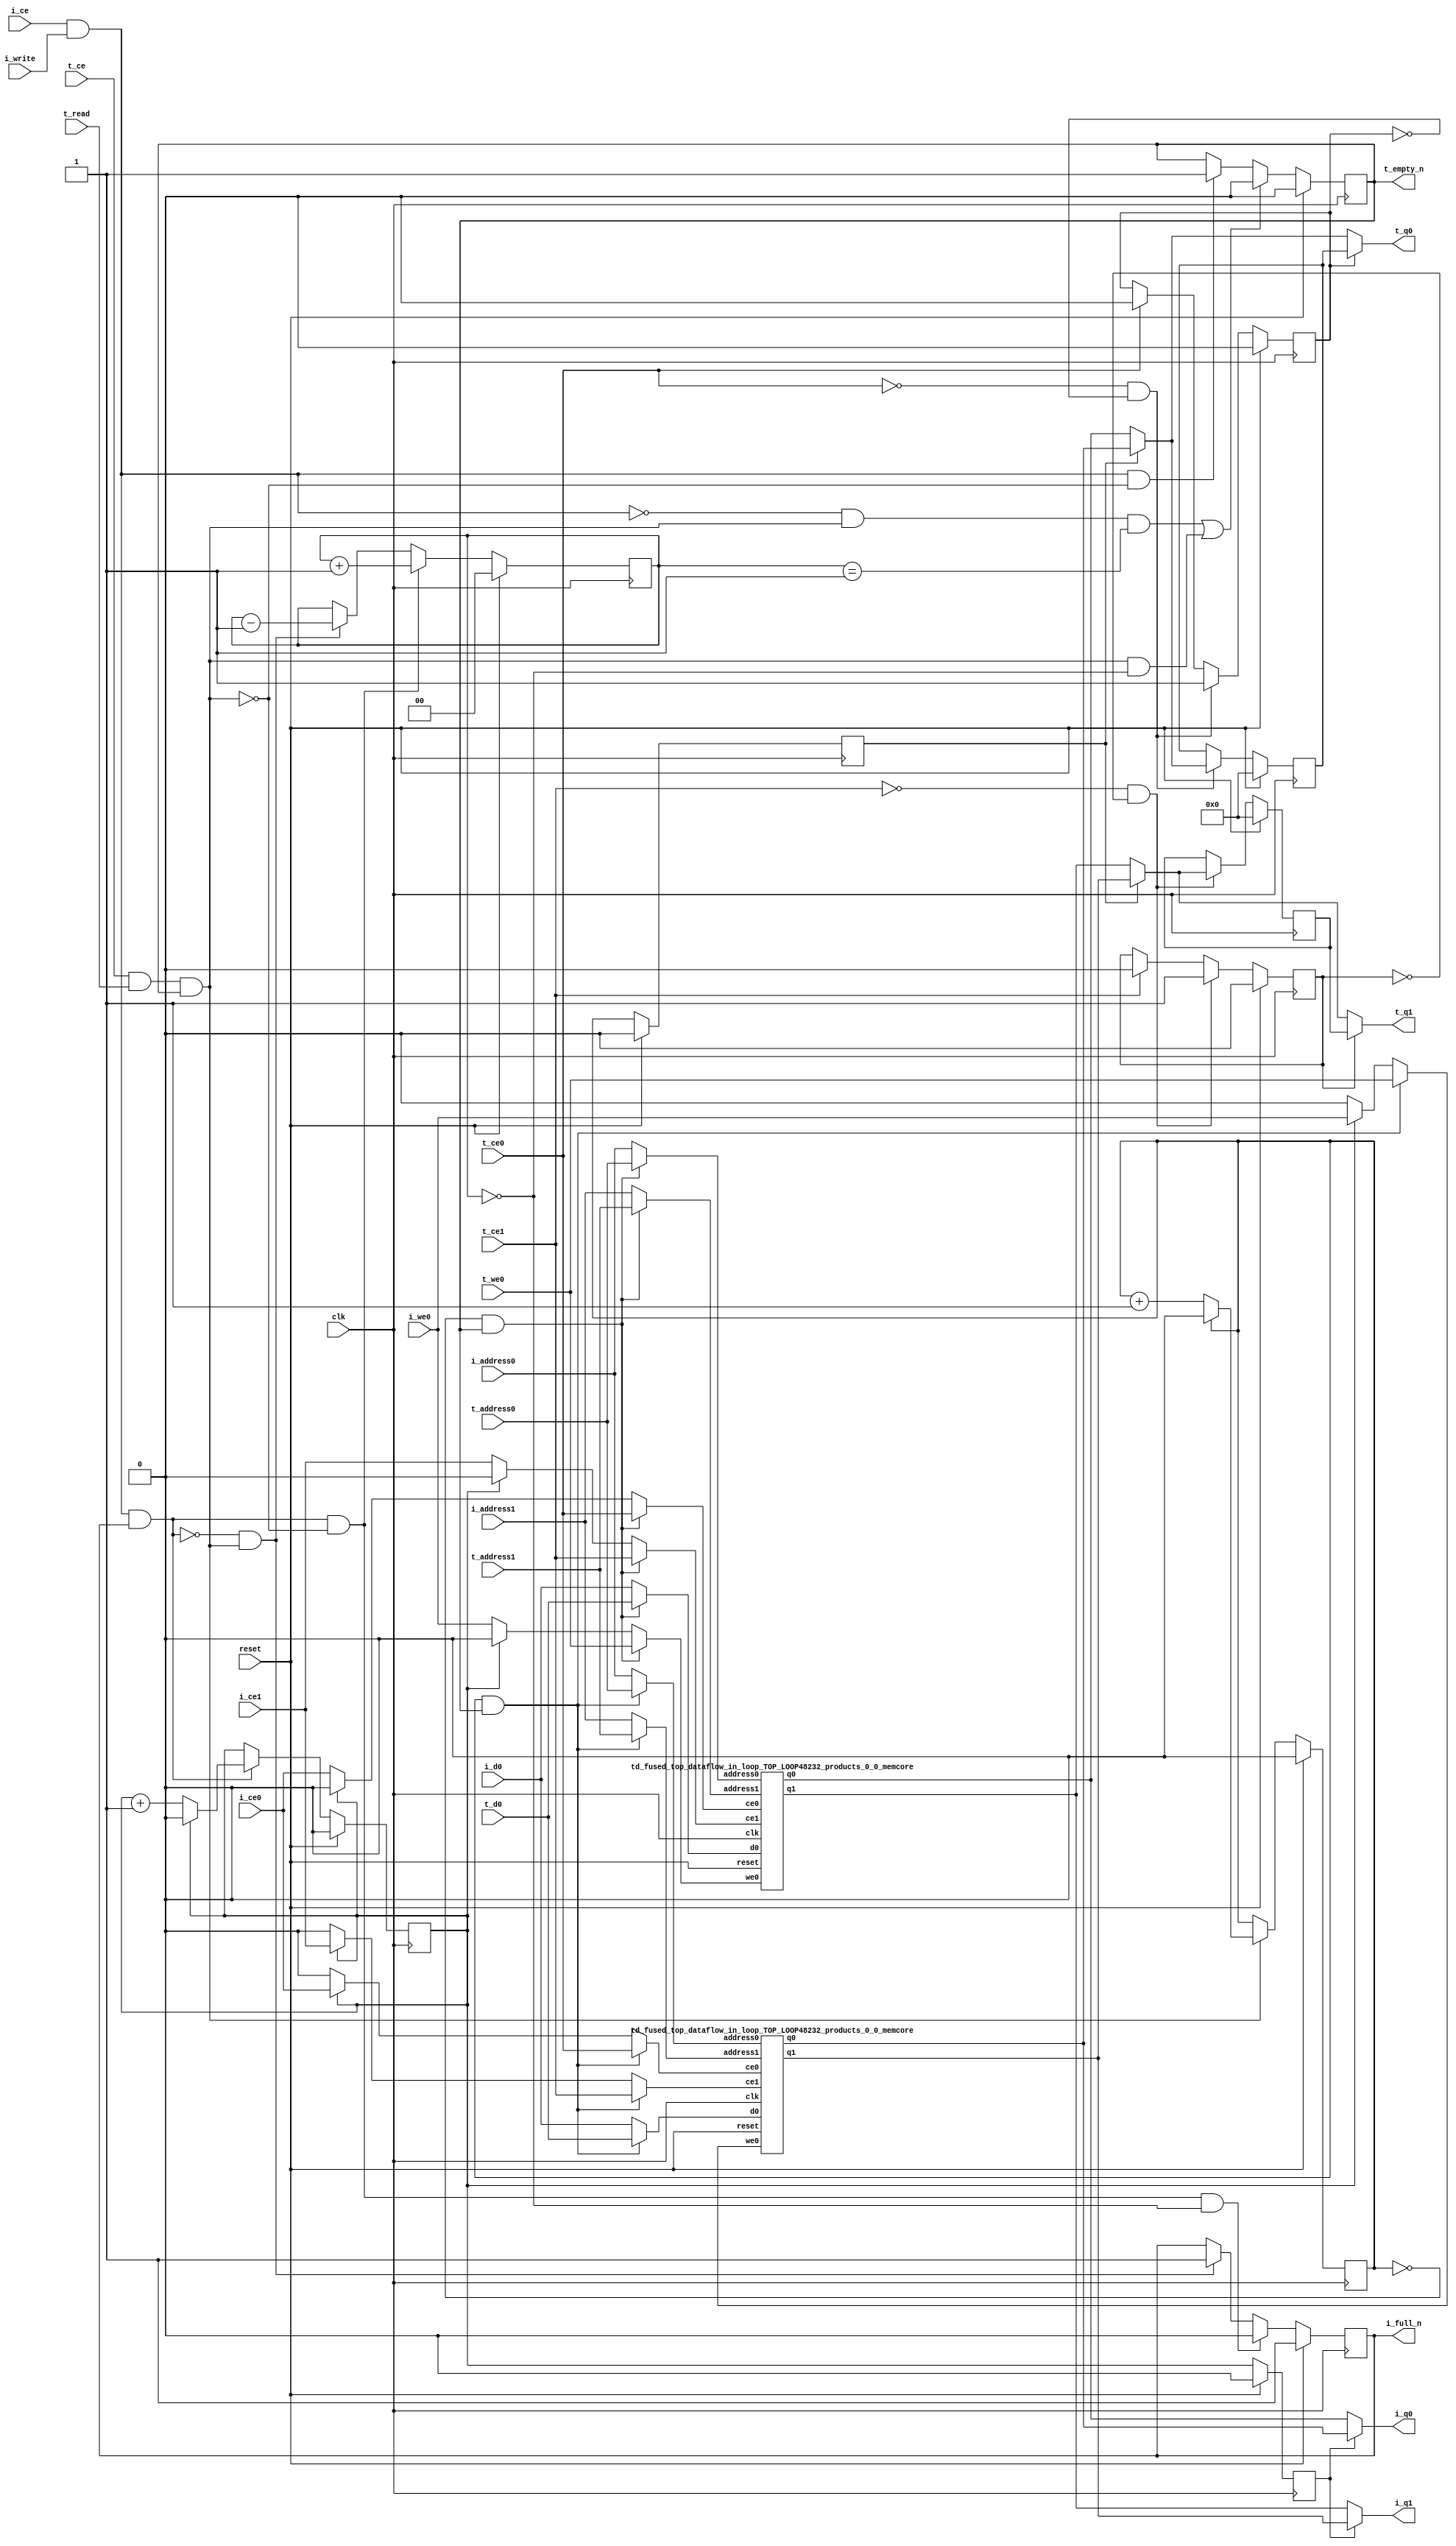
`define EXPONENT 5
`define MANTISSA 10
`define ACTUAL_MANTISSA 11
`define EXPONENT_LSB 10
`define EXPONENT_MSB 14
`define MANTISSA_LSB 0
`define MANTISSA_MSB 9
`define MANTISSA_MUL_SPLIT_LSB 3
`define MANTISSA_MUL_SPLIT_MSB 9
`define SIGN 1
`define SIGN_LOC 15
`define DWIDTH (`SIGN+`EXPONENT+`MANTISSA)
`define IEEE_COMPLIANCE 1

module td_fused_top_dataflow_in_loop_TOP_LOOP48232_products_0_0
#(parameter
    DataWidth    = 16,
    AddressRange = 32,
    AddressWidth = 6,
    BufferCount  = 2,
    MemLatency   = 1,
    IndexWidth   = 1
) (
    // system signals
    input  wire                    clk,
    input  wire                    reset,
    // initiator
    input  wire                    i_ce,
    input  wire                    i_write,
    output wire                    i_full_n,
    input  wire                    i_ce0,
    input  wire                    i_we0,
    input  wire [AddressWidth-1:0] i_address0,
    input  wire [DataWidth-1:0]    i_d0,
    output wire [DataWidth-1:0]    i_q0,
    input  wire                    i_ce1,
    input  wire [AddressWidth-1:0] i_address1,
    output wire [DataWidth-1:0]    i_q1,
    // target
    input  wire                    t_ce,
    input  wire                    t_read,
    output wire                    t_empty_n,
    input  wire                    t_ce0,
    input  wire                    t_we0,
    input  wire [AddressWidth-1:0] t_address0,
    input  wire [DataWidth-1:0]    t_d0,
    output wire [DataWidth-1:0]    t_q0,
    input  wire                    t_ce1,
    input  wire [AddressWidth-1:0] t_address1,
    output wire [DataWidth-1:0]    t_q1
);
//------------------------Local signal-------------------
// control/status
reg  [IndexWidth-1:0]   iptr    = 1'b0; // initiator index
reg  [IndexWidth-1:0]   tptr    = 1'b0; // target index
reg  [IndexWidth-1:0]   prev_iptr    = 1'b0; // previous initiator index
reg  [IndexWidth-1:0]   prev_tptr    = 1'b0; // previous target index
reg  [DataWidth-1:0]    reg_q0      = 1'b0; // buffer used if reader is stalled
reg                     reg_valid0    = 1'b0; // buffer has valid data
reg  [DataWidth-1:0]    reg_q1      = 1'b0; // buffer used if reader is stalled
reg                     reg_valid1    = 1'b0; // buffer has valid data
reg  [IndexWidth:0]     count   = 1'b0; // count of written buffers
reg                     full_n  = 1'b1; // whether all buffers are written
reg                     empty_n = 1'b0; // whether none of the buffers is written
wire                    push_buf;       // finish writing a buffer
wire                    write_buf;      // write a buffer
wire                    pop_buf;        // finish reading a buffer
// buffer signals
wire [BufferCount-1:0] buf_ce0;
wire [BufferCount-1:0] buf_we0;
wire [AddressWidth-1:0] buf_a0_0, buf_a0_1;
wire [DataWidth-1:0] buf_d0_0, buf_d0_1;
wire [DataWidth-1:0] buf_q0_0, buf_q0_1;
wire [BufferCount-1:0] buf_ce1;
wire [AddressWidth-1:0] buf_a1_0, buf_a1_1;
wire [DataWidth-1:0] buf_q1_0, buf_q1_1;
//------------------------Instantiation------------------
//genvar i;
        td_fused_top_dataflow_in_loop_TOP_LOOP48232_products_0_0_memcore td_fused_top_dataflow_in_loop_TOP_LOOP48232_products_0_0_memcore_U_0 (
            .reset    ( reset ),
            .clk      ( clk ),
            .address0 ( buf_a0_0 ),
            .ce0      ( buf_ce0[ 0 ] ),
            .we0      ( buf_we0[ 0 ] ),
            .d0       ( buf_d0_0 ),
            .q0       ( buf_q0_0 ),
            .address1 ( buf_a1_0 ),
            .ce1      ( buf_ce1[ 0 ] ),
            .q1       ( buf_q1_0 )
        );
        td_fused_top_dataflow_in_loop_TOP_LOOP48232_products_0_0_memcore td_fused_top_dataflow_in_loop_TOP_LOOP48232_products_0_0_memcore_U_1 (
            .reset    ( reset ),
            .clk      ( clk ),
            .address0 ( buf_a0_1 ),
            .ce0      ( buf_ce0[ 1 ] ),
            .we0      ( buf_we0[ 1 ] ),
            .d0       ( buf_d0_1 ),
            .q0       ( buf_q0_1 ),
            .address1 ( buf_a1_1 ),
            .ce1      ( buf_ce1[ 1 ] ),
            .q1       ( buf_q1_1 )
        );

//++++++++++++++++++++++++buffer signals+++++++++++++++++
        assign buf_ce0[ 0 ] = (tptr ==  0  && empty_n) ? t_ce0
                             : (iptr ==  0 ) ? i_ce0 : 1'b0;
        assign buf_a0_0  = (tptr ==  0  && empty_n) ?  t_address0 : i_address0;
        assign buf_we0[ 0 ] = (tptr ==  0  && empty_n)  ? t_we0
                             : (iptr ==  0 ) ? i_we0 : 1'b0;
        assign buf_d0_0  = (tptr ==  0  && empty_n) ? t_d0       : i_d0;
        assign buf_ce1[ 0 ] = (tptr ==  0  && empty_n) ? t_ce1
                             : (iptr ==  0 ) ? i_ce1 : 1'b0;
        assign buf_a1_0  = (tptr ==  0  && empty_n) ?  t_address1 : i_address1;
        assign buf_ce0[ 1 ] = (tptr ==  1  && empty_n) ? t_ce0
                             : (iptr ==  1 ) ? i_ce0 : 1'b0;
        assign buf_a0_1  = (tptr ==  1  && empty_n) ?  t_address0 : i_address0;
        assign buf_we0[ 1 ] = (tptr ==  1  && empty_n)  ? t_we0
                             : (iptr ==  1 ) ? i_we0 : 1'b0;
        assign buf_d0_1  = (tptr ==  1  && empty_n) ? t_d0       : i_d0;
        assign buf_ce1[ 1 ] = (tptr ==  1  && empty_n) ? t_ce1
                             : (iptr ==  1 ) ? i_ce1 : 1'b0;
        assign buf_a1_1  = (tptr ==  1  && empty_n) ?  t_address1 : i_address1;
//+++++++++++++++++++++++++++++++++++++++++++++++++++++++

//------------------------Body---------------------------
assign i_q0      = (prev_iptr == 1'b1 ? buf_q0_1 : buf_q0_0);
assign t_q0      = reg_valid0 ? reg_q0 : (prev_tptr == 1'b1 ? buf_q0_1 : buf_q0_0);
assign i_q1      = (prev_iptr == 1'b1 ? buf_q1_1 : buf_q1_0);
assign t_q1      = reg_valid1 ? reg_q1 : (prev_tptr == 1'b1 ? buf_q1_1 : buf_q1_0);

//++++++++++++++++++++++++output+++++++++++++++++++++++++
assign i_full_n  = full_n;
assign t_empty_n = empty_n;
//+++++++++++++++++++++++++++++++++++++++++++++++++++++++

//++++++++++++++++++++++++control/status+++++++++++++++++
assign push_buf = i_ce & i_write & full_n;
assign write_buf = i_ce & i_write;
assign pop_buf  = t_ce & t_read & empty_n;

// iptr
always @(posedge clk) begin
    if (reset == 1'b1)
        iptr <= 1'b0;
    else if (push_buf) begin
        if (iptr == BufferCount - 1'b1)
            iptr <= 1'b0;
        else
            iptr <= iptr + 1'b1;
    end
end

// tptr
always @(posedge clk) begin
    if (reset == 1'b1)
        tptr <= 1'b0;
    else if (pop_buf) begin
        if (tptr == BufferCount - 1'b1)
            tptr <= 1'b0;
        else
            tptr <= tptr + 1'b1;
    end
end

// prev_iptr
always @(posedge clk) begin
    if (reset == 1'b1)
        prev_iptr <= 1'b0;
    else begin
        prev_iptr <= iptr;
    end
end

// prev_tptr
always @(posedge clk) begin
    if (reset == 1'b1)
        prev_tptr <= 1'b0;
    else begin
        prev_tptr <= tptr;
    end
end

// reg_q0 and reg_valid0
always @(posedge clk) begin
    if (reset == 1'b1) begin
        reg_q0     <= 1'b0;
        reg_valid0 <= 1'b0;
    end else if (!t_ce0 && !reg_valid0) begin
        reg_q0     <= (prev_tptr == 1'b1 ? buf_q0_1 : buf_q0_0);
        reg_valid0 <= 1'b1;
    end else if (t_ce0) begin
        reg_valid0 <= 1'b0;
    end
end

// reg_q1 and reg_valid1
always @(posedge clk) begin
    if (reset == 1'b1) begin
        reg_q1     <= 1'b0;
        reg_valid1 <= 1'b0;
    end else if (!t_ce1 && !reg_valid1) begin
        reg_q1     <= (prev_tptr == 1'b1 ? buf_q1_1 : buf_q1_0);
        reg_valid1 <= 1'b1;
    end else if (t_ce1) begin
        reg_valid1 <= 1'b0;
    end
end

// count
always @(posedge clk) begin
    if (reset == 1'b1)
        count <= 1'b0;
    else if (push_buf && !pop_buf)
        count <= count + 1'b1;
    else if (!push_buf && pop_buf)
        count <= count - 1'b1;
end

// full_n
always @(posedge clk) begin
    if (reset == 1'b1)
        full_n <= 1'b1;
    else if (push_buf && !pop_buf && count == BufferCount - 2'd2)
        full_n <= 1'b0;
    else if (!push_buf && pop_buf)
        full_n <= 1'b1;
end

// empty_n
always @(posedge clk) begin
    if (reset == 1'b1)
        empty_n <= 1'b0;
    else if ((!write_buf && pop_buf && count == 1'b1)
             || (pop_buf && count == 1'b0))
        empty_n <= 1'b0;
    else if (write_buf && !pop_buf)
        empty_n <= 1'b1;
end
//+++++++++++++++++++++++++++++++++++++++++++++++++++++++

endmodule
module td_fused_top_dataflow_in_loop_TOP_LOOP48232_products_0_0_memcore(
    reset,
    clk,
    address0,
    ce0,
    we0,
    d0,
    q0,
    address1,
    ce1,
    q1);

parameter DataWidth = 32'd16;
parameter AddressRange = 32'd36;
parameter AddressWidth = 32'd6;
input reset;
input clk;
input[AddressWidth - 1:0] address0;
input ce0;
input we0;
input[DataWidth - 1:0] d0;
output[DataWidth - 1:0] q0;
input[AddressWidth - 1:0] address1;
input ce1;
output[DataWidth - 1:0] q1;



td_fused_top_dataflow_in_loop_TOP_LOOP48232_products_0_0_memcore_ram td_fused_top_dataflow_in_loop_TOP_LOOP48232_products_0_0_memcore_ram_U(
    .clk( clk ),
    .addr0( address0 ),
    .ce0( ce0 ),
    .we0( we0 ),
    .d0( d0 ),
    .q0( q0 ),
    .addr1( address1 ),
    .ce1( ce1 ),
    .q1( q1 )
);

endmodule
module td_fused_top_dataflow_in_loop_TOP_LOOP48232_products_0_0_memcore_ram (addr0, ce0, d0, we0, q0, addr1, ce1, q1,  clk);

parameter DWIDTH = 16;
parameter AWIDTH = 6;
parameter MEM_SIZE = 36;

input[AWIDTH-1:0] addr0;
input ce0;
input[DWIDTH-1:0] d0;
input we0;
output reg[DWIDTH-1:0] q0;
input[AWIDTH-1:0] addr1;
input ce1;
output reg[DWIDTH-1:0] q1;
input clk;

reg [DWIDTH-1:0] ram[MEM_SIZE-1:0];




always @(posedge clk)  
begin 
    if (ce0) begin
        if (we0) 
            ram[addr0] <= d0; 
        q0 <= ram[addr0];
    end
end


always @(posedge clk)  
begin 
    if (ce1) begin
        q1 <= ram[addr1];
    end
end


endmodule